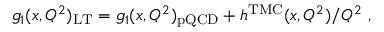
g _ { 1 } ( x , Q ^ { 2 } ) _ { \mathrm { L T } } = g _ { 1 } ( x , Q ^ { 2 } ) _ { \mathrm { p Q C D } } + h ^ { \mathrm { T M C } } ( x , Q ^ { 2 } ) / Q ^ { 2 } ~ ,